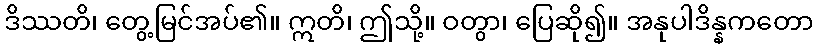
ဒိဿတိ၊ တွေ့မြင်အပ်၏။ ဣတိ၊ ဤသို့။ ဝတွာ၊ ပြေဆို၍။ အနုပါဒိန္နကတော